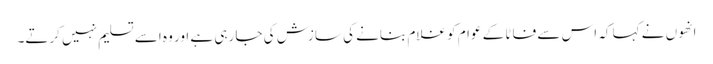
انھوں نے کہا کہ اس سے فاٹا کے عوام کو غلام بنانے کی سازش کی جا رہی ہے اور وہ اسے تسلیم نہیں کرتے۔